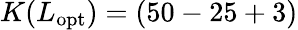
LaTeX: K(L_{\mathrm{opt}})=(50-25+3)